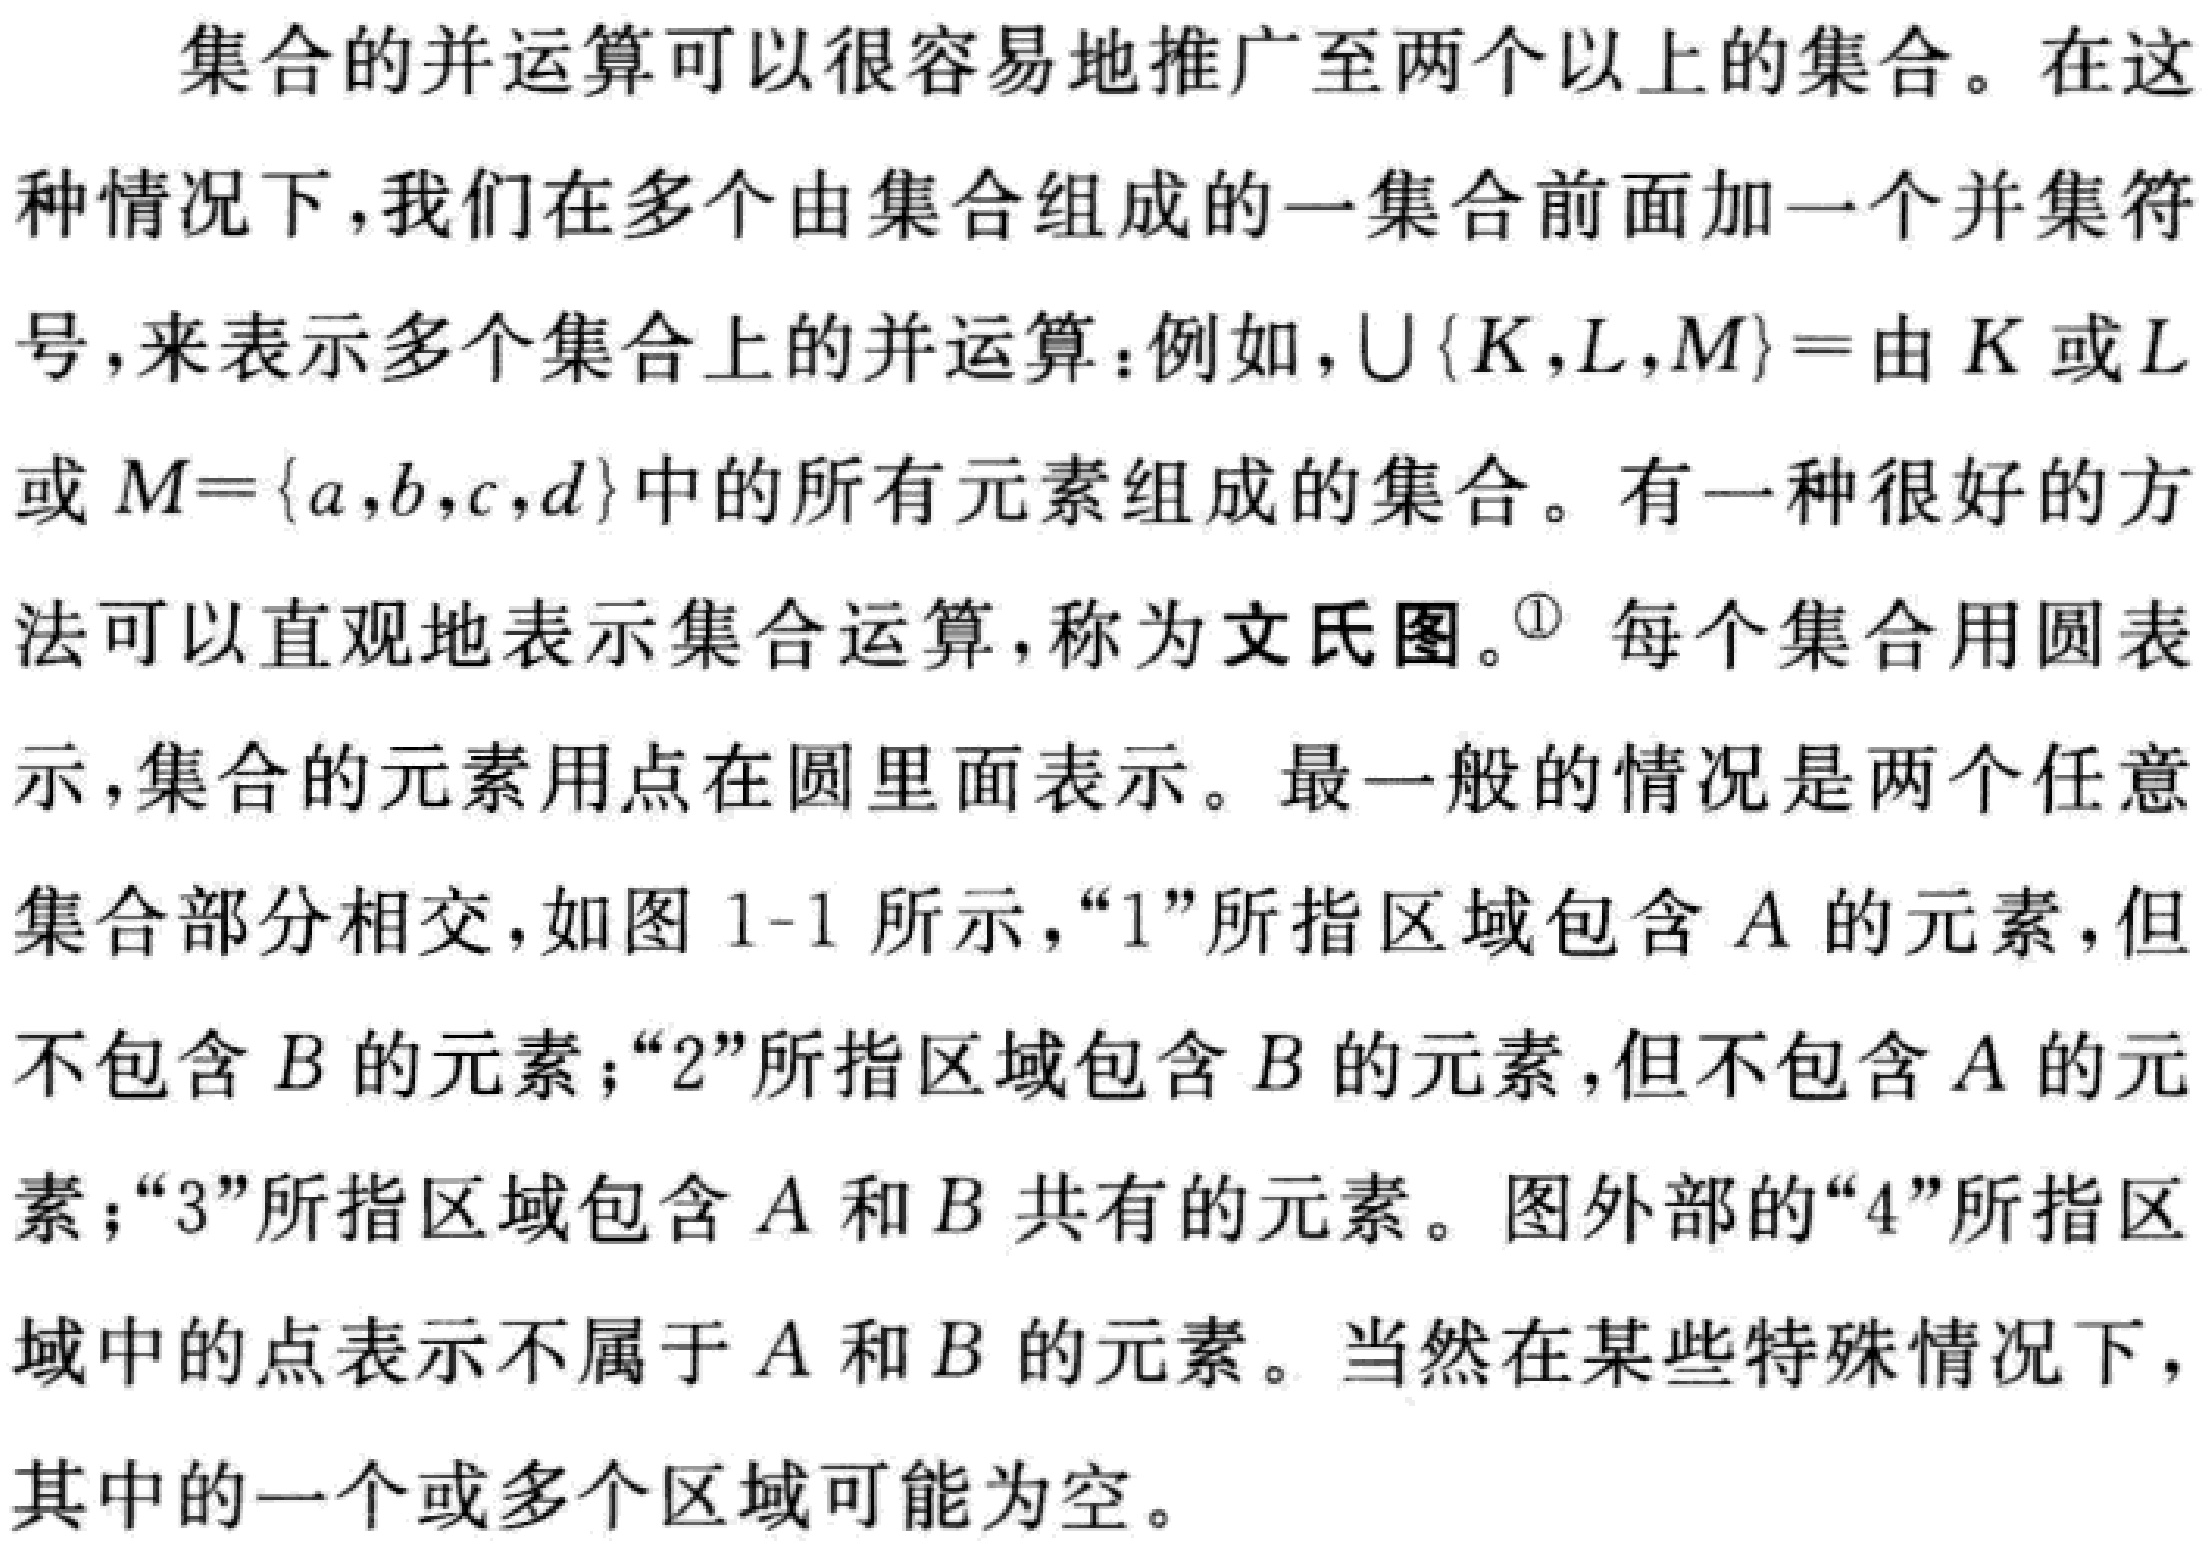
集合的并运算可以很容易地推广至两个以上的集合。在这种情况下, 我们在多个由集合组成的一集合前面加一个并集符号, 来表示多个集合上的并运算：例如，\(\cup\{K,L,M\}=\)由\(K\)或\(L\)或\(M = \{a,b,c,d\}\)中的所有元素组成的集合。有一种很好的方法可以直观地表示集合运算, 称为文氏图。\(^{\circled{1}}\) 每个集合用圆表示, 集合的元素用点在圆里面表示。最一般的情况是两个任意集合部分相交, 如图 \(1 - 1\) 所示, “\(1\)”所指区域包含\(A\)的元素, 但不包含\(B\)的元素；“\(2\)”所指区域包含\(B\)的元素, 但不包含\(A\)的元素；“\(3\)”所指区域包含\(A\)和\(B\)共有的元素。图外部的“\(4\)”所指区域中的点表示不属于\(A\)和\(B\)的元素。当然在某些特殊情况下，其中的一个或多个区域可能为空。